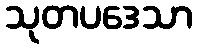
သုတပဒေသာ